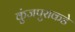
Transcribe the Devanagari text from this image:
कुंजपुराकडे